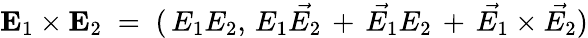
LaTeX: {\mathbf E}_{1}\times{\mathbf E}_{2}\; =\; (\, E_{1}E_{2},\, E_{1}\vec{E_{2}}\, +\, \vec{E_{1}}E_{2}\, +\, \vec{E_{1}}\times\vec{E_{2}})